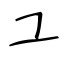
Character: ユ